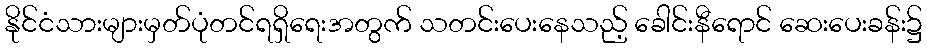
နိုင်ငံသားများမှတ်ပုံတင်ရရှိရေးအတွက် သတင်းပေးနေသည့် ခေါင်းနီရောင် ဆေးပေးခန်း၌